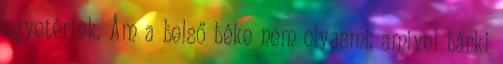
egyetértek. Ám a belső béke nem olyasmi, amivel bárki